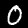
Digit: 0